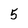
Character: 5